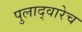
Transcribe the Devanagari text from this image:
पुलाद्वारेच